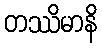
တဿိမာနိ